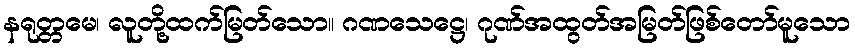
နရုတ္တမေ၊ လူတို့ထက်မြတ်သော။ ဂဏသေဋ္ဌေ၊ ဂုဏ်အထွတ်အမြတ်ဖြစ်တော်မူသော